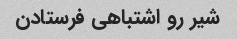
شیر رو اشتباهی فرستادن